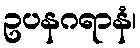
ဥပနဂရာနံ၊